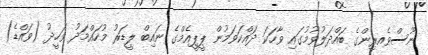
ނޫސްވެއރިންގެ ބައްދަލުވުމުގައި ވާހަކަ ދައްކަވަމުން ޕީޕީއެމްގެ ނައިބް ލީޑަރު މުހައްމަދު ވަހީދު (ވައްޑެ)